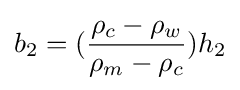
b_{2}=({\frac {\rho _{c}-\rho _{w}}{\rho _{m}-\rho _{c}}}){h_{2}}